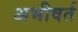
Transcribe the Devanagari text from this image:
अभीवर्त